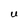
Character: U